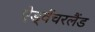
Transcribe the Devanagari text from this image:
ऐड्वेंचरलैंड